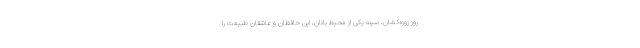
روز زوزه‌کشان، سینه یکی از محیط بانان، این حافظان و عاشقان طبیعت را